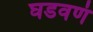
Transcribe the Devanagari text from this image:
घडवणं